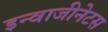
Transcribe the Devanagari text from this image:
इन्वाजीनेटस